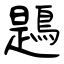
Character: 鶗